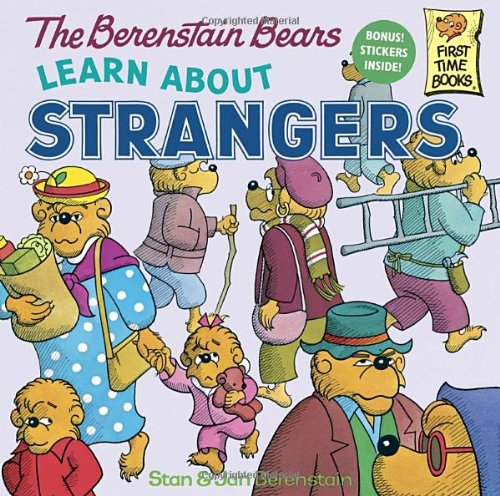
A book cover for The Berenstain Bears Learn About Strangers; Stan Berenstain; Children's Books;